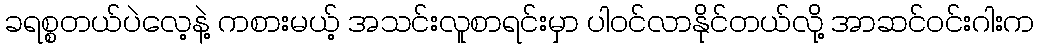
ခရစ္စတယ်ပဲလေ့နဲ့ ကစားမယ့် အသင်းလူစာရင်းမှာ ပါဝင်လာနိုင်တယ်လို့ အာဆင်ဝင်းဂါးက